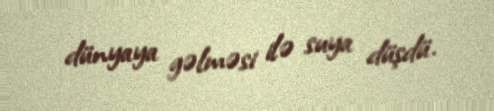
dünyaya gəlməsi ilə suya düşdü.